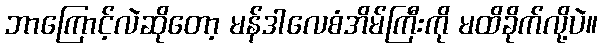
ဘာကြောင့်လဲဆိုတော့ မန်ဒါလေစံအိမ်ကြီးကို မထိခိုက်လို့ပဲ။